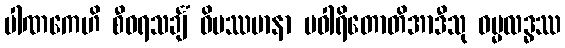
ပါဏကေဟိ စီဝရသင်္ချံ ဝိပဿမာနာ ပဝါရိတောတိအာဒီသု ဓမ္မလဒ္ဓဿ